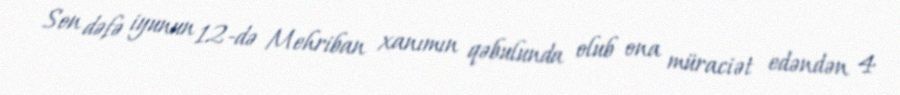
Son dəfə iyunun 12-də Mehriban xanımın qəbulunda olub ona müraciət edəndən 4